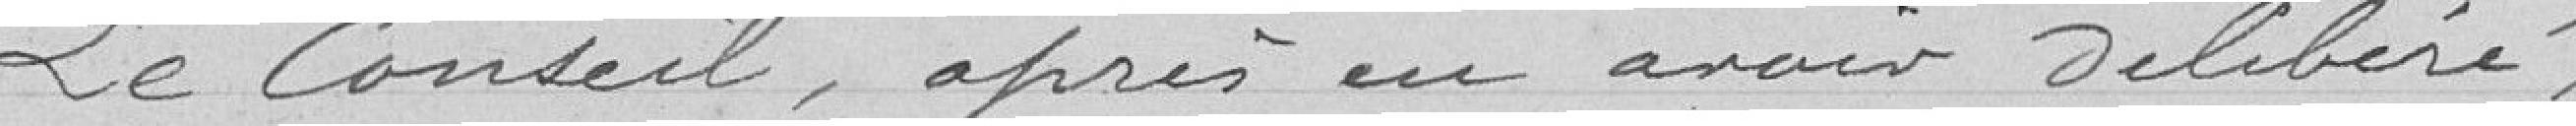
Le Conseil, après en voir délibéré,